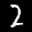
Label: 2